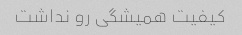
کیفیت همیشگی رو نداشت